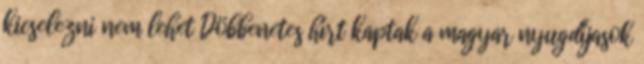
kicselezni nem lehet Döbbenetes hírt kaptak a magyar nyugdíjasok